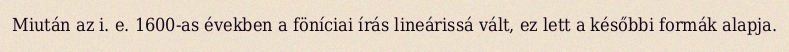
Miután az i. e. 1600-as években a föníciai írás lineárissá vált, ez lett a későbbi formák alapja.